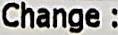
CHANGE :